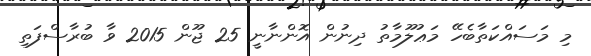
މި މަސައްކަތާބެހޭ މަޢުލޫމާތު ދިނުން އޮންނާނީ 25 ޖޫން 2015 ވާ ބުރާސްފަތި